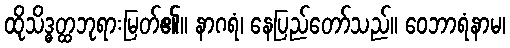
ထိုသိဒ္ဓတ္ထဘုရားမြတ်၏။ နာဂရံ၊ နေပြည်တော်သည်။ ဝေဘာရံနာမ၊